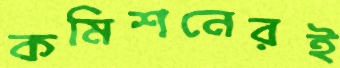
কমিশনেরই